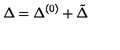
\Delta = \Delta ^ { ( 0 ) } + \tilde { \Delta }